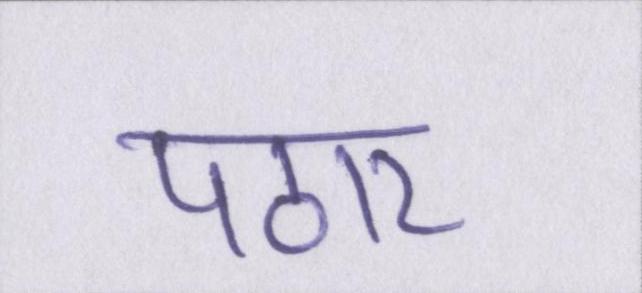
पठार